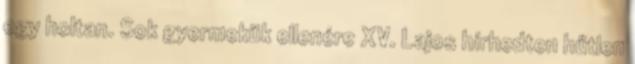
egy holtan. Sok gyermekük ellenére XV. Lajos hírhedten hűtlen